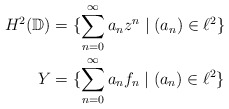
\begin{align*}H^2(\mathbb{D}) &= \{\sum_{n=0}^{\infty} a_n z^n \mid (a_n) \in \ell^2\} \\Y &= \{\sum_{n=0}^{\infty} a_n f_n \mid (a_n) \in \ell^2\}\end{align*}